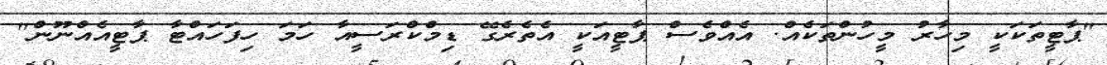
"ޕާޓީތަކަކީ މިހާރު މީހުންތަކެއް. އެއްވެސް ޕާޓީއަކީ އެތެރެގޭ ޑިމްކްރަސީއާ ހަމަ ހިފަހައްޓާ ޕާޓީއެއްނޫން"